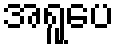
အရူပေ